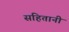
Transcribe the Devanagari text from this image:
संहितानी